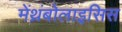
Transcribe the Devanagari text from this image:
मेंथ्रंबोलाइसिस